Scottish Certificate of Education, 1962
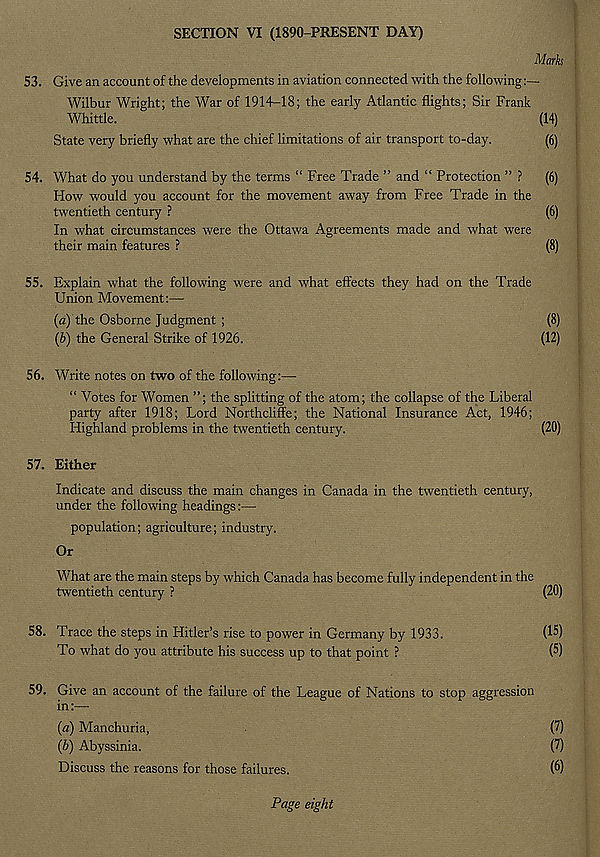
SECTION VI (1890-PRESENT DAY)
Mark
53. Give an account of the developments in aviation connected with the following:—
Wilbur Wright; the War of 1914-18; the early Atlantic flights; Sir Frank
Whittle.
(14)
State very briefly what are the chief limitations of air transport to-day.
(6)
54. What do you understand by the terms “ Free Trade ” and “ Protection ” ? (6)
How would you account for the movement away from Free Trade in the
twentieth century ?
(6)
In what circumstances were the Ottawa Agreements made and what were
their main features ?
(8)
55. Explain what the following were and what effects they had on the Trade
Union Movement:—
(a) the Osborne Judgment ;
(8)
(b) the General Strike of 1926.
(12)
56. Write notes on two of the following:—-
“ Votes for Women ”; the splitting of the atom; the collapse of the Liberal
party after 1918; Lord Northcliffe; the National Insurance Act, 1946;
Highland problems in the twentieth century.
(20)
57. Either
Indicate and discuss the main changes in Canada in the twentieth century,
under the following headings:—
population; agriculture; industry.
Or
What are the main steps by which Canada has become fully independent in the
twentieth century ?
(20)
58. Trace the steps in Hitler’s rise to power in Germany by 1933.
(15)
To what do you attribute his success up to that point ?
(5)
59. Give an account of the failure of the League of Nations to stop aggression
in:—
(a) Manchuria,
(7)
(b) Abyssinia.
(7)
Discuss the reasons for those failures.
(6)
Page eight